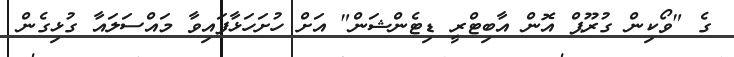
ގެ "ވޯކިން ގުރޫޕް އޮން އާބިޓްރީ ޑިޓެންޝަން" އަށް ހުށަހަޅާފައިވާ މައްސަލައާ ގުޅިގެން